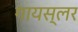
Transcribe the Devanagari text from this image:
गायस्लर